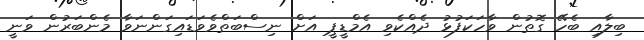
ބިލާއި ބެހޭ ގޮތުން ވާހަކަފުޅު ދެއްކެވި އެމްޑީޕީ އަށް ނިސްބަތްވެވަޑައިގަންނަވާ މެންބަރުން ވަނީ